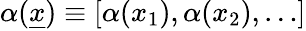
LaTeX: \mathbf{\alpha}(\underline{{x}})\equiv[\alpha(x_{1}),\alpha(x_{2}),\ldots]